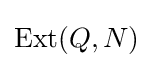
\operatorname {Ext} (Q,N)